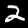
Digit: 2